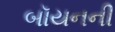
બૉયનની